Scottish Leaving Certificate Examination, 1960
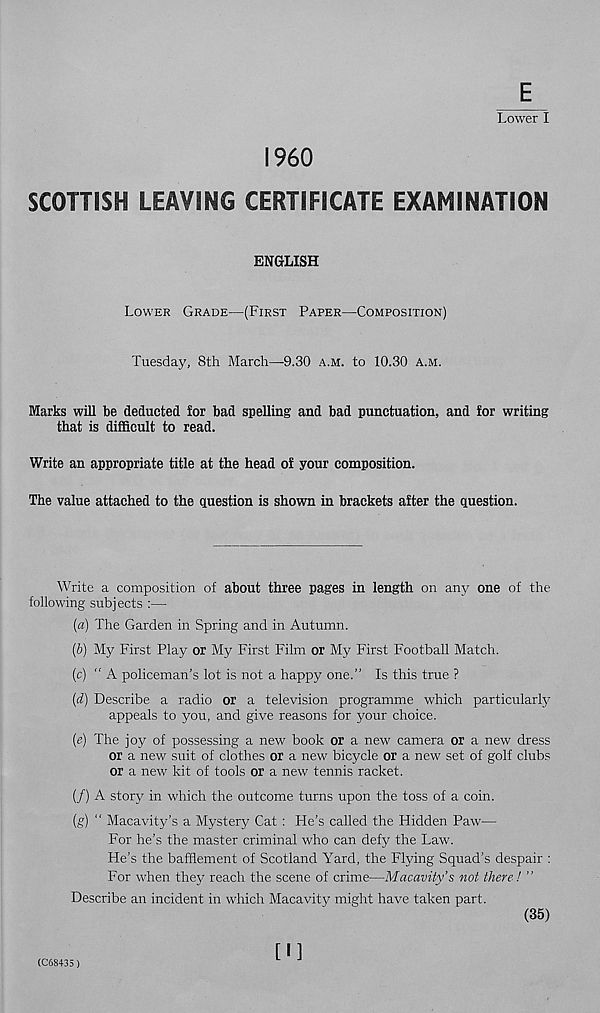
Lower I
I960
SCOTTISH LEAVING CERTIFICATE EXAMINATION
ENGLISH
LOWER GRADE—(FIRST PAPER—COMPOSITION)
Tuesday, 8th March—9.30 A.M. to 10.30 A.M.
Marks will be deducted for bad spelling and bad punctuation, and for writing
that is difficult to read.
Write an appropriate title at the head of your composition.
The value attached to the question is shown in brackets after the question.
Write a composition of about three pages in length on any one of the
following subjects :—
(a) The Garden in Spring and in Autumn.
(&) My First Play or My First Film or My First Football Match.
(c) “ A policeman's lot is not a happy one.” Is this true ?
{d) Describe a radio or a television programme which particularly
appeals to you, and give reasons for your choice.
(e) The joy of possessing a new book or a new camera or a new dress
or a new suit of clothes or a new bicycle or a new set of golf clubs
or a new kit of tools or a new tennis racket.
(/) A story in which the outcome turns upon the toss of a coin.
(g) “ Macavitj^’s a Mystery Cat : He’s called the Hidden Paw—
For he’s the master criminal who can defy the Law.
He’s the bafflement of Scotland Yard, the Flying Squad’s despair :
For when they reach the scene of crime—Macavity’s not there! ”
Describe an incident in which Macavity might have taken part.
(35)
(C68435)
[I]